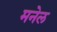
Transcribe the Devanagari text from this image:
मनेल